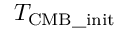
T _ { \mathrm { C M B \_ i n i t } }